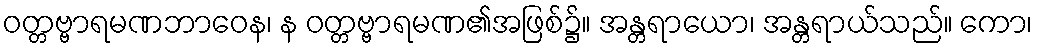
ဝတ္တဗ္ဗာရမဏဘာဝေန၊ န ဝတ္တဗ္ဗာရမဏ၏အဖြစ်၌။ အန္တရာယော၊ အန္တရာယ်သည်။ ကော၊